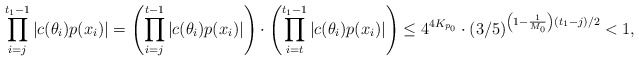
\begin{align*}\prod \limits_{i=j}^{t_1 - 1} |c(\theta_i)p(x_i)| = \left( \prod \limits_{i=j}^{t - 1} |c(\theta_i)p(x_i)| \right)\cdot \left( \prod \limits_{i=t}^{t_1 - 1} |c(\theta_i)p(x_i)| \right) \leq 4^{4K_{p_0}} \cdot (3/5)^{\left(1 - \frac1{M_0} \right)(t_1 - j)/2} < 1,\end{align*}